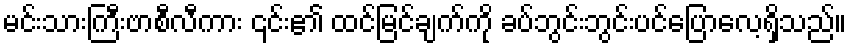
မင်းသားကြီးဗာစီလီကား ၎င်း၏ ထင်မြင်ချက်ကို ခပ်ဘွင်းဘွင်းပင်ပြောလေ့ရှိသည်။